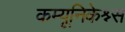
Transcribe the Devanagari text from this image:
कम्यूनिकेश्न्स